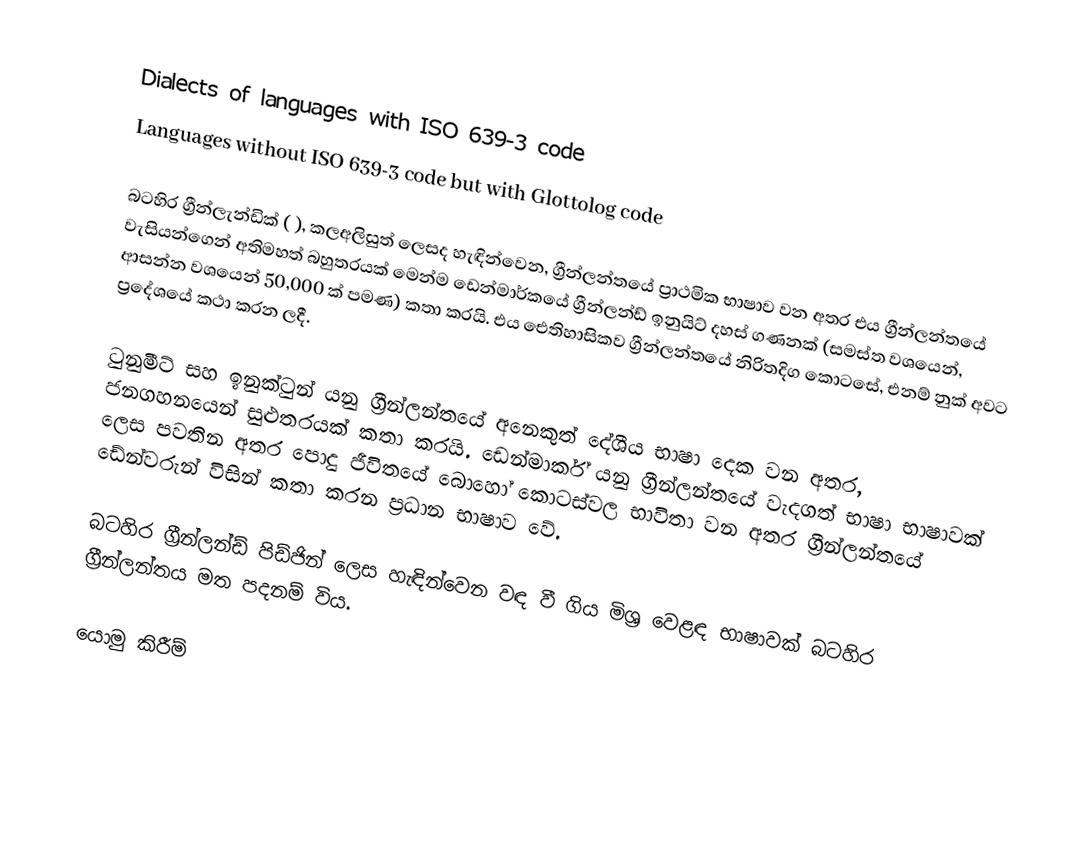
Dialects of languages with ISO 639-3 code
Languages without ISO 639-3 code but with Glottolog code

බටහිර ග්‍රීන්ලැන්ඩික් ( ), කලඅලිසුත් ලෙසද හැඳින්වෙන, ග්‍රීන්ලන්තයේ ප්‍රාථමික භාෂාව වන අතර එය ග්‍රීන්ලන්තයේ වැසියන්ගෙන් අතිමහත් බහුතරයක් මෙන්ම ඩෙන්මාර්කයේ ග්‍රීන්ලන්ඩ් ඉනුයිට් දහස් ගණනක් (සමස්ත වශයෙන්, ආසන්න වශයෙන් 50,000 ක් පමණ) කතා කරයි.  එය ඓතිහාසිකව ග්‍රීන්ලන්තයේ නිරිතදිග කොටසේ, එනම් නුක් අවට ප්‍රදේශයේ කථා කරන ලදී.

ටුනුමීට් සහ ඉනුක්ටුන් යනු ග්‍රීන්ලන්තයේ අනෙකුත් දේශීය භාෂා දෙක වන අතර, ජනගහනයෙන් සුළුතරයක් කතා කරයි. ඩෙන්මාර්ක් යනු ග්‍රීන්ලන්තයේ වැදගත් භාෂා භාෂාවක් ලෙස පවතින අතර පොදු ජීවිතයේ බොහෝ කොටස්වල භාවිතා වන අතර ග්‍රීන්ලන්තයේ ඩේන්වරුන් විසින් කතා කරන ප්‍රධාන භාෂාව වේ.

බටහිර ග්‍රීන්ලන්ඩ් පිඩ්ජින් ලෙස හැඳින්වෙන වඳ වී ගිය මිශ්‍ර වෙළඳ භාෂාවක් බටහිර ග්‍රීන්ලන්තය මත පදනම් විය.

යොමු කිරීම්